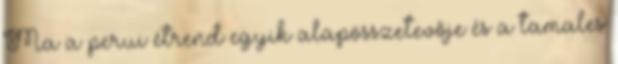
Ma a perui étrend egyik alapösszetevője és a tamales